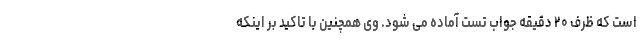
است که ظرف ۲۰ دقیقه جواب تست آماده می شود. وی همچنین با تاکید بر اینکه